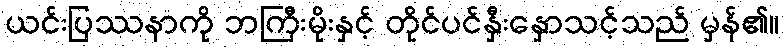
ယင်းပြဿနာကို ဘကြီးမိုးနှင့် တိုင်ပင်နှီးနှောသင့်သည် မှန်၏။